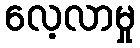
လေ့လာမှု